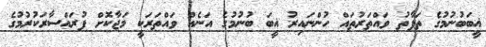
ޣީބަބުނުމުގެ ތަފާތު ވައްތަރުތައް ހުންނައިރު ޣީބަ ބުނުމުގެ އަނެއް ވައްތަރަކީ މަޖާކޮށް ފުރައްސާރަކުރުމުގެ